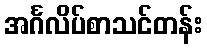
အင်္ဂလိပ်စာသင်တန်း